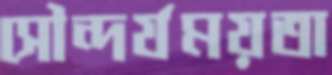
সৌন্দর্যময়তা